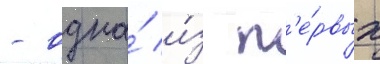
- одна́ и́з п'е́рвых